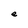
Character: e